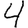
Digit: 4